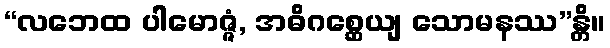
“လဘေထ ပါမောဇ္ဇံ, အဓိဂစ္ဆေယျ သောမနဿ”န္တိ။